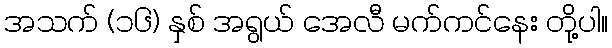
အသက် (၁၆) နှစ် အရွယ် အေလီ မက်ကင်နေး တို့ပါ။